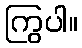
ကြွပါ။